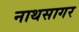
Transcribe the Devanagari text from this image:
नाथसागर